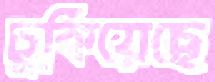
চুকিয়েছে